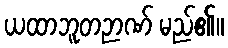
ယထာဘူတဉာဏ် မည်၏။